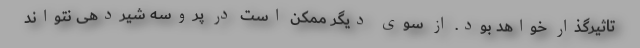
تاثیرگذار خواهد بود. از سوی دیگر ممکن است در پروسه شیردهی نتواند